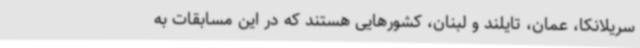
سریلانکا، عمان، تایلند و لبنان، کشورهایی هستند که در این مسابقات به